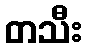
တသီး